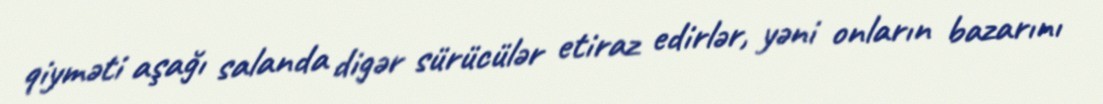
qiyməti aşağı salanda digər sürücülər etiraz edirlər, yəni onların bazarını